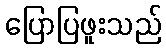
ပြောပြဖူးသည်